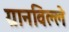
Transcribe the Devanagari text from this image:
ग्रानविल्ले